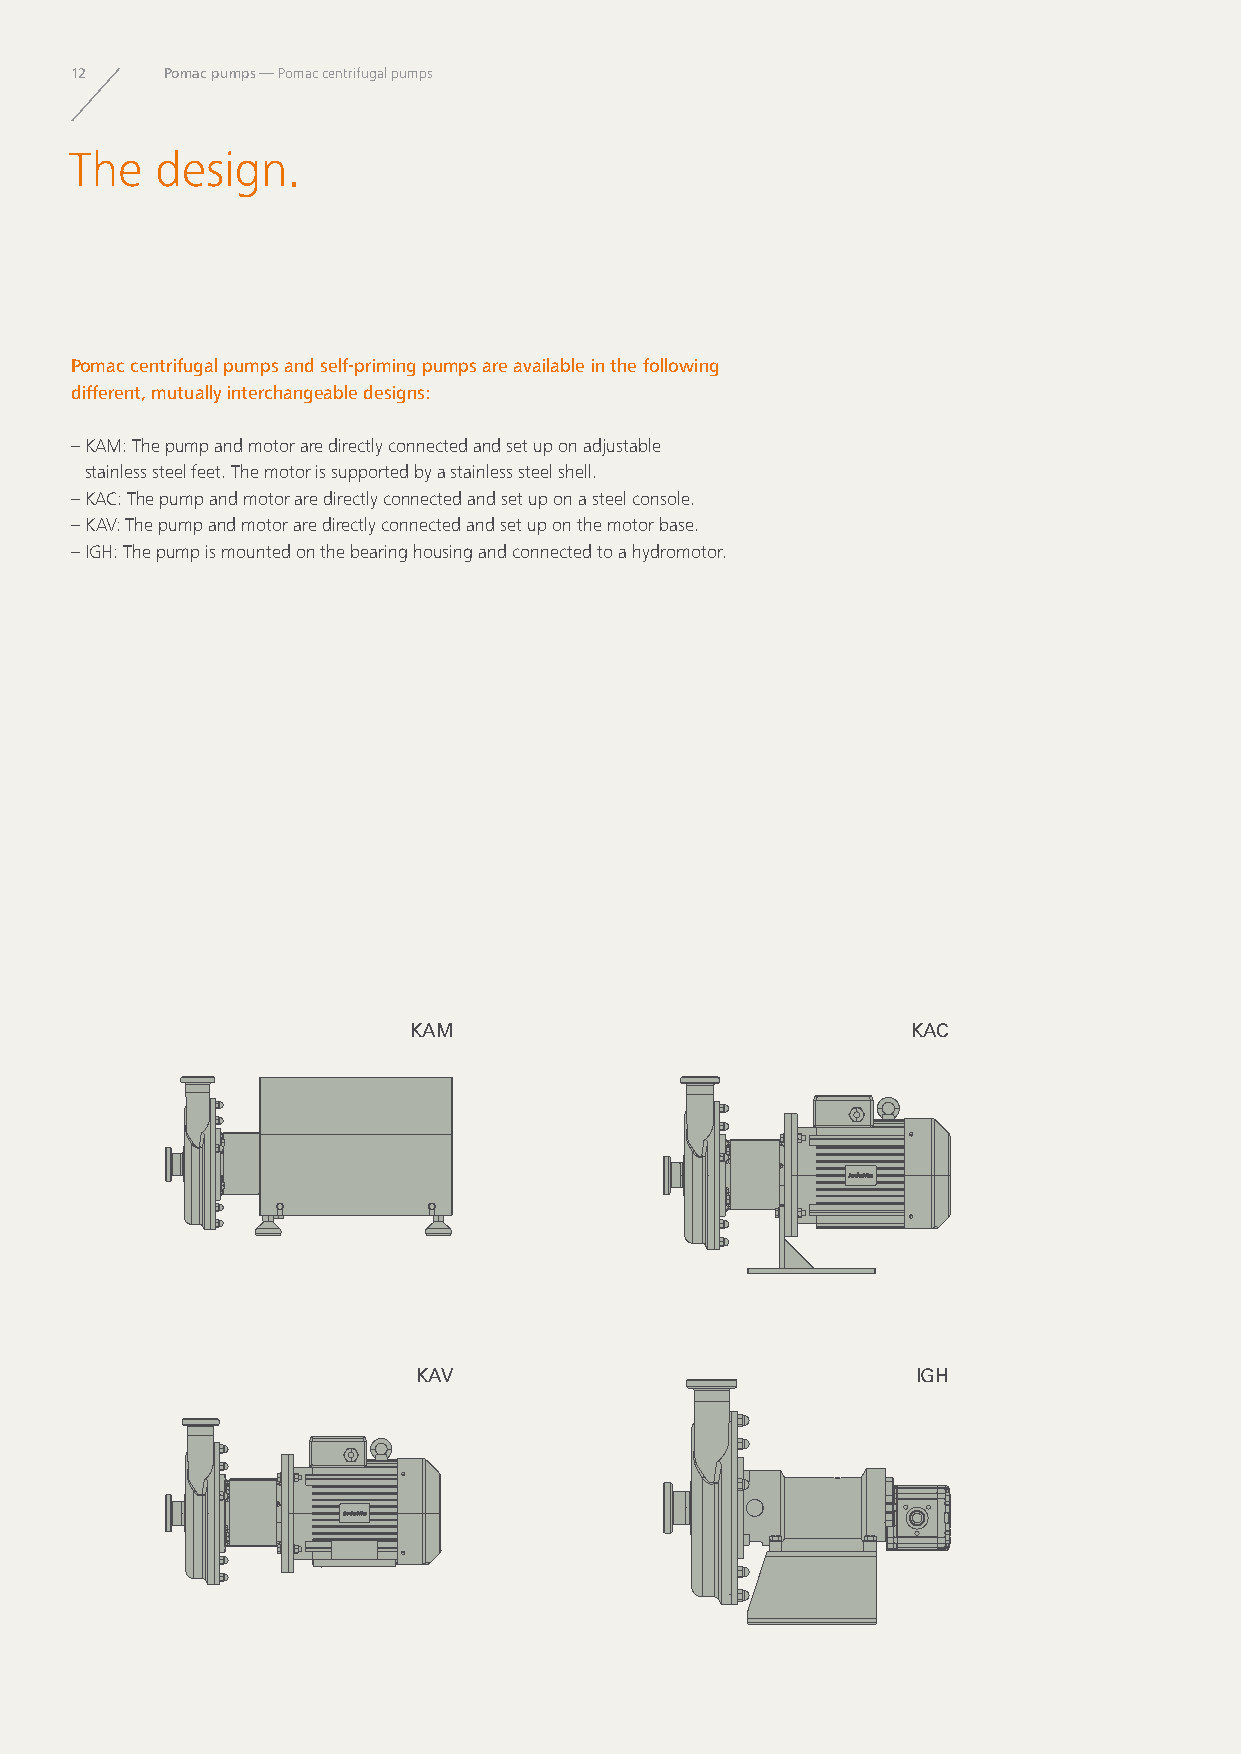
12    Pomac pumps — Pomac centrifugal pumps
 The  design.
 Pomac centrifugal pumps and self-priming pumps are available in the following
 different, mutually interchangeable designs:
 – KAM: The pump and motor are directly connected and set up on adjustable
 stainless steel feet. The motor is supported by a stainless steel shell.
 – KAC: The pump and motor are directly connected and set up on a steel console.
 – KAV: The pump and motor are directly connected and set up on the motor base.
 – IGH: The pump is mounted on the bearing housing and connected to a hydromotor.
 KAM                              KAC
 KAV                              IGH